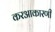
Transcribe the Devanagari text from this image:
करआकारणी